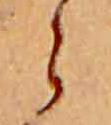
ら